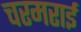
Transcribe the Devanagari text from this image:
चरमराई